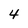
Character: 4